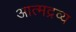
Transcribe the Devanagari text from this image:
आत्मद्रव्य